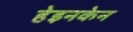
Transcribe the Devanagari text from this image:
हेइनकेन